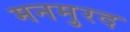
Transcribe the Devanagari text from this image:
मनमुरद